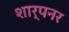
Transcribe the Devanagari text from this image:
शार्पनर